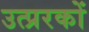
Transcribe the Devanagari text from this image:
उत्प्ररकों